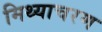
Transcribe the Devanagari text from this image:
मिथ्याचरण